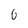
Character: 6